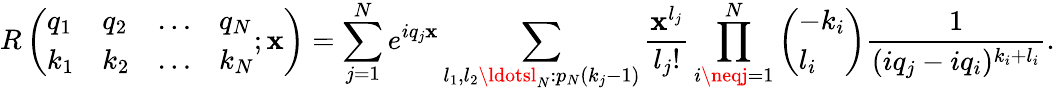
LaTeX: R\left(\begin{array}{llll}{q_{1}}&{q_{2}}&{\ldots}&{q_{N}}\\ {k_{1}}&{k_{2}}&{\ldots}&{k_{N}}\end{array};\mathbf{x}\right)=\sum_{j=1}^{N}e^{iq_{j}\mathbf{x}}\sum_{l_{1},l_{2}\ldotsl_{N}:p_{N}(k_{j}-1)}\frac{{\mathbf{x}^{l_{j}}}}{{l_{j}!}}\prod_{i\neqj=1}^{N}\left(\begin{array}{l}{-k_{i}}\\ {l_{i}}\end{array}\right)\frac{{1}}{{(iq_{j}-iq_{i})^{k_{i}+l_{i}}}}.